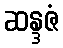
ဆန္ဒဇံ